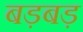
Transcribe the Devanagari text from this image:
बड़बड़